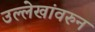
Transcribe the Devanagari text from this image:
उल्लेखांवरुन